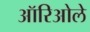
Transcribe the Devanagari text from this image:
ऑरिओले